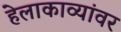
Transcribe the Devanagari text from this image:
हेलाकाव्यांवर